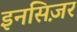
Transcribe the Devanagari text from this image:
इनसिज़र